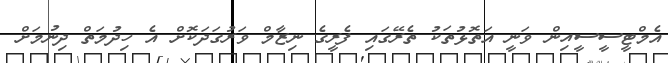
އެމްޓީސީސީއިން ވަނީ އަތޮޅުތަކު ތެރޭގައި ފެރީގެ ނިޒާމް ވަރުގަދަކޮށް އެ ހިދުމަތް ދިނުމަށް